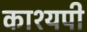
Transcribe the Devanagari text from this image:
काश्यपी